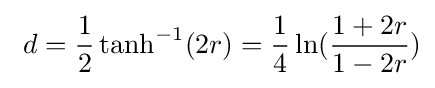
\ d={\frac {1}{2}}\tanh ^{-1}(2r)={\frac {1}{4}}\ln({\frac {1+2r}{1-2r}})